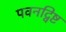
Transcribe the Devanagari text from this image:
पवनद्विष्ट